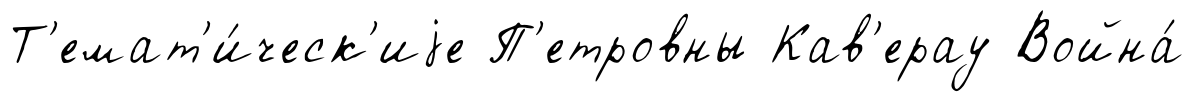
Т'емат'и́ческ'иjе П'етровны Кав'ерау Война́